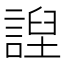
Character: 䛼